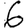
Digit: 6